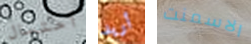
أحتمال أريد الاسمنت